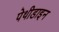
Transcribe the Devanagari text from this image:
पेथीडाइन